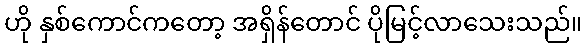
ဟို နှစ်ကောင်ကတော့ အရှိန်တောင် ပိုမြင့်လာသေးသည်။